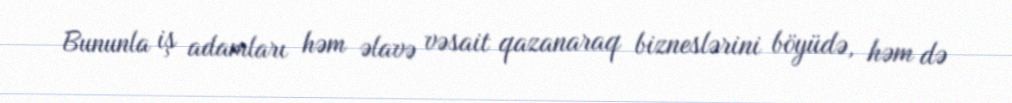
Bununla iş adamları həm əlavə vəsait qazanaraq bizneslərini böyüdə, həm də